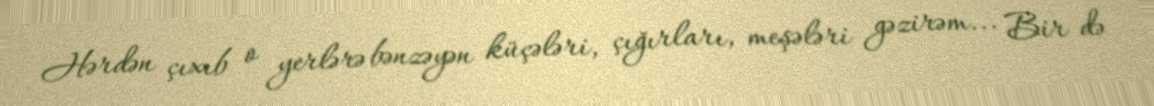
Hərdən çıxıb o yerlərə bənzəyən küçələri, çığırları, meşələri gəzirəm... Bir də